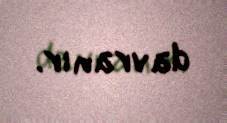
davranır.